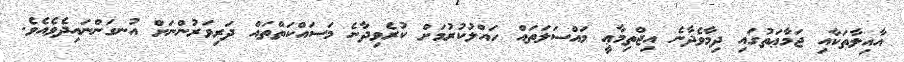
އާއިލާތަކާއި ޖަމާޢަތުގައި ދިމާވެދާނެ އިޖްތިމާޢީ މައްސަލަތައް ހައްލުކުރުމަށް ކުރެވިދާނެ މަސައްކަތްތައް ދަރިވަރުންނަށް އުނގަންނައިދެވެއެވެ.